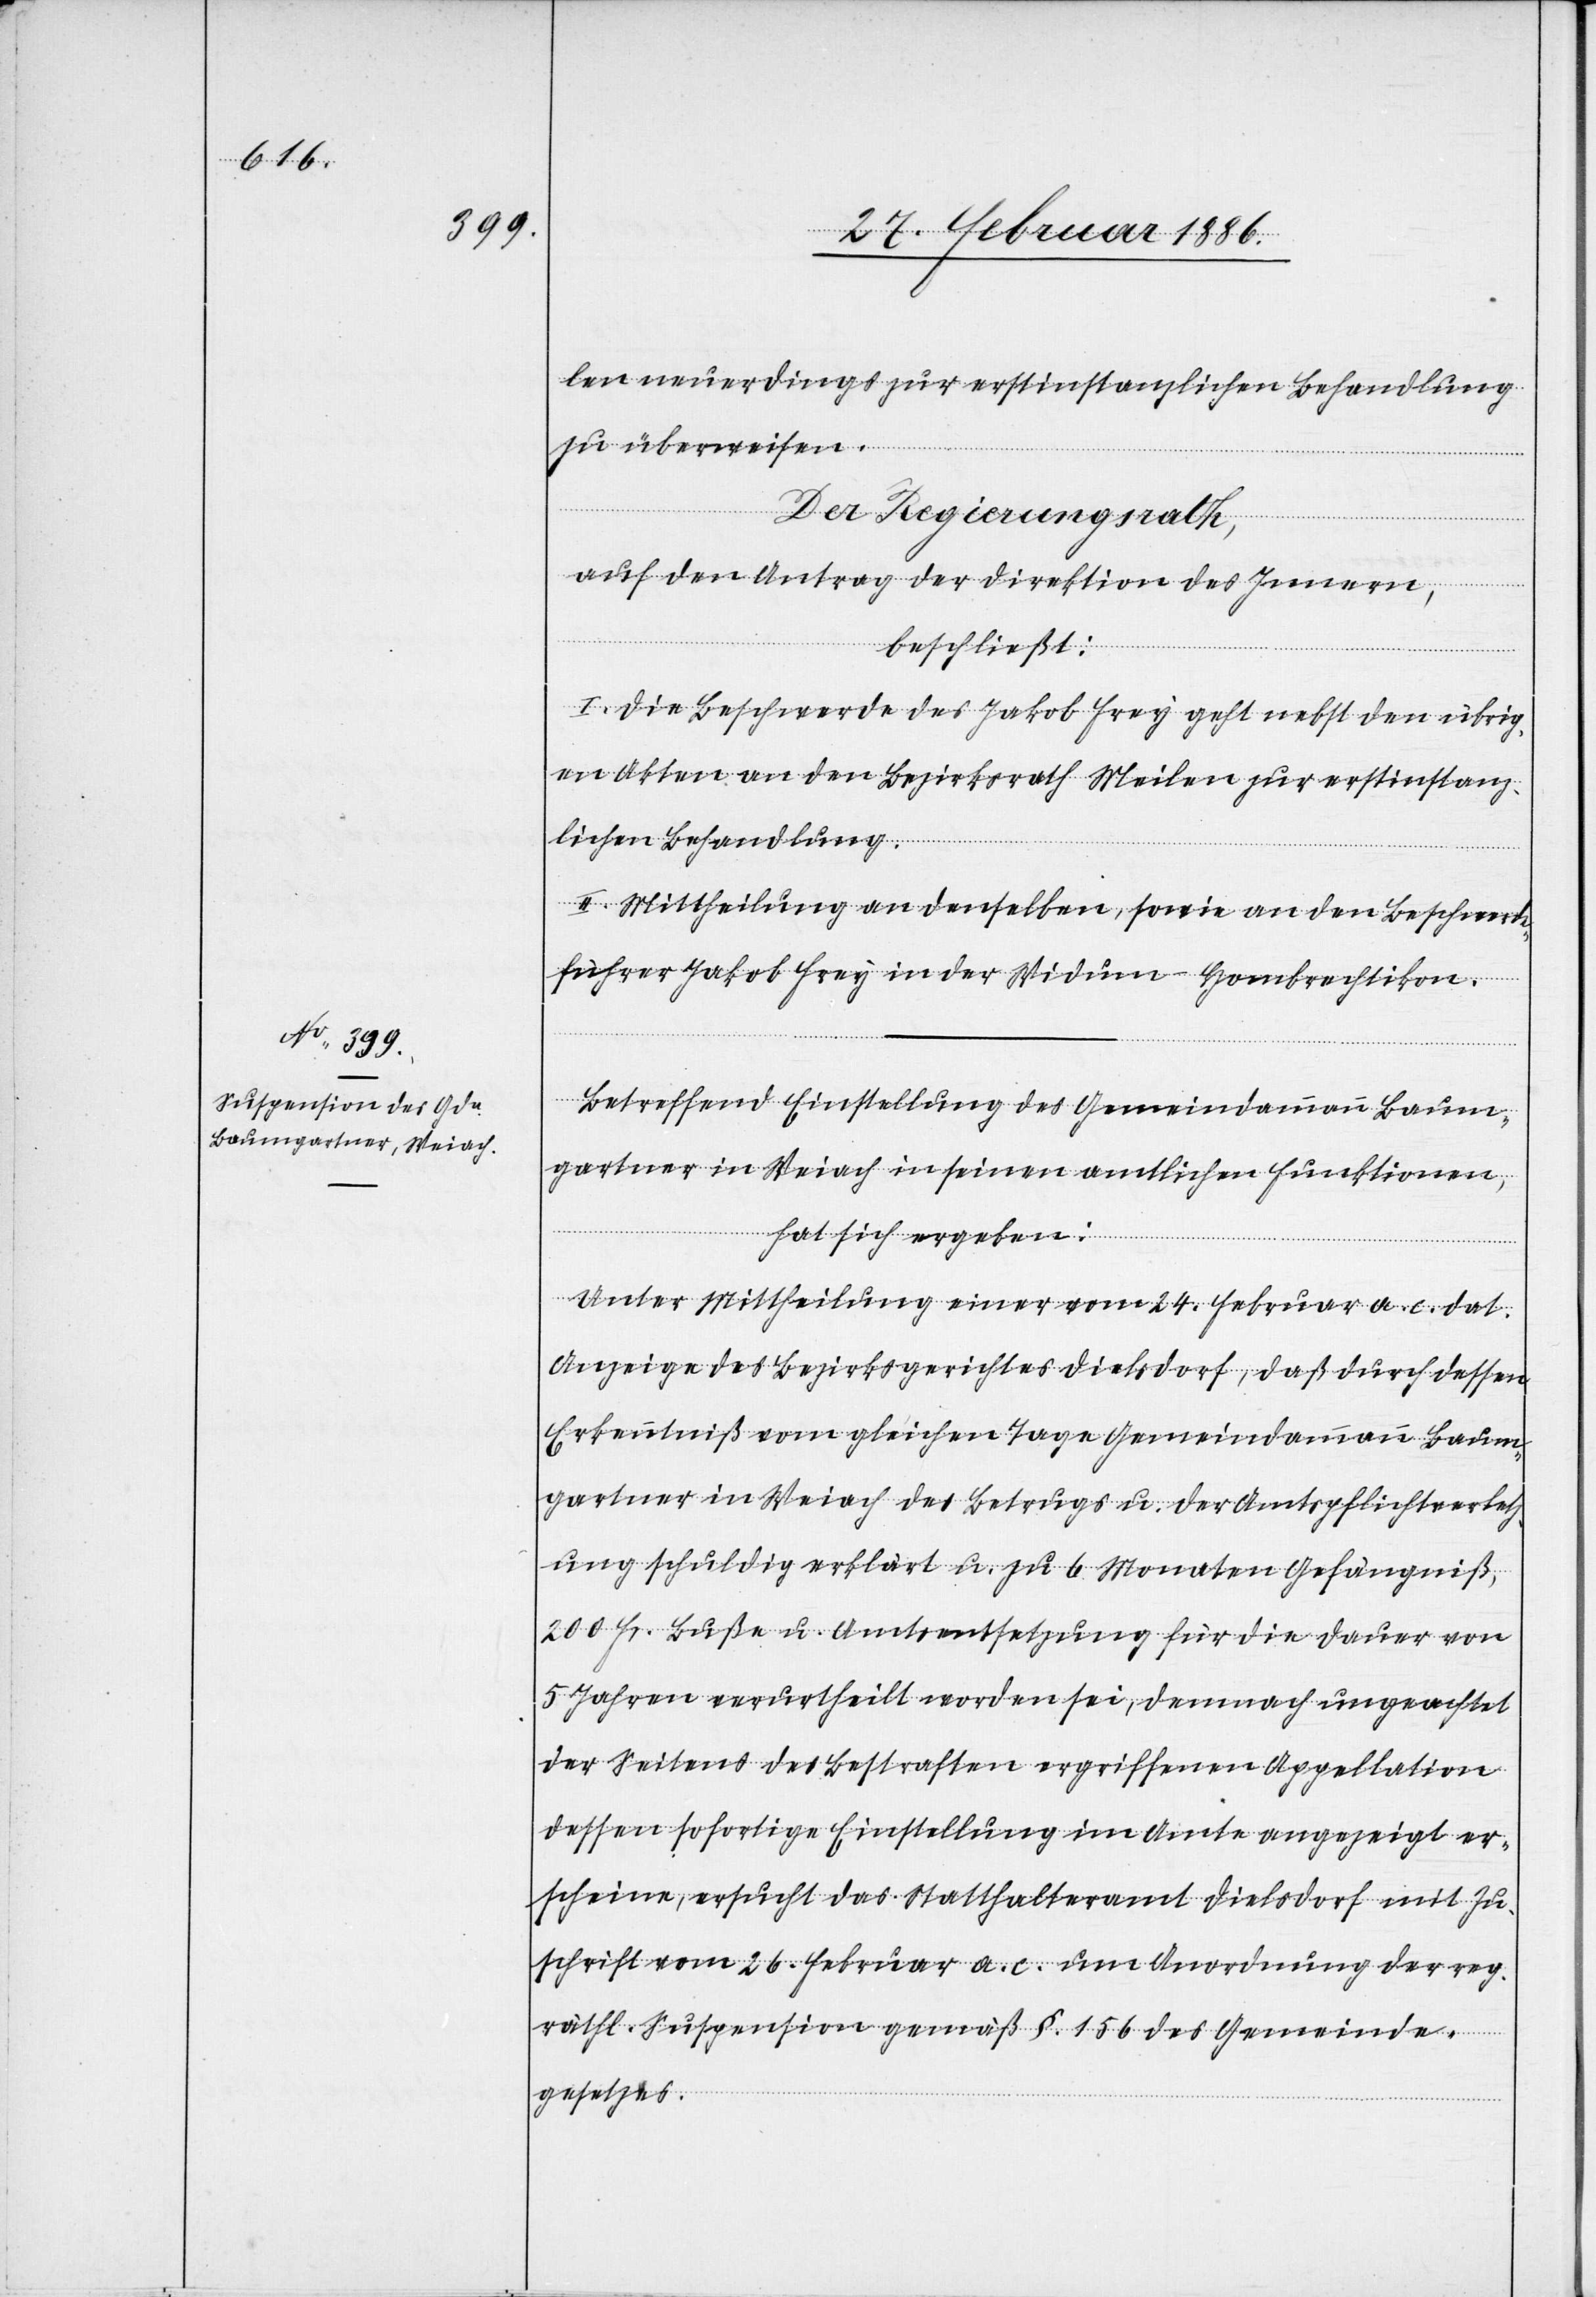
len neuerdings zur erstinstanzlichen Behandlung
zu überweisen.
Der Regierungsrath,
auf den Antrag der Direktion des Innern,
beschließt:
I. Die Beschwerde des Jakob Frey geht nebst den übrig¬
en Akten an den Bezirksrath Meilen zur erstinstanz¬
lichen Behandlung.
II. Mittheilung an denselben, sowie an den Beschwerd¬
e¬
führer Jakob Frey in der Widum - Hombrechtikon.
Betreffend Einstellung des Gemeindeamman Baum¬
gartner in Weiach in seinen amtlichen Funktionen,
2.
hat sich ergeben:
Unter Mittheilung einer vom 24. Februar a. c. dat.
Anzeige des Bezirksgerichtes Dielsdorf, daß durch dessen
Erkenntniß vom gleichen Tage Gemeindeammann Baum¬
gartner in Weiach des Betrugs u. der Amtspflichtverletz¬
ung schuldig erklärt u. zu 6 Monaten Gefängniß,
200 Fr. Buße u. Amtsentsetzung für die Dauer von
5 Jahren verurtheilt worden sei, demnach ungeachtet
der Seitens des Bestraften ergriffenen Appellation
dessen sofortige Einstellung im Amte angezeigt er¬
scheine, ersucht das Statthalteramt Dielsdorf mit Zu¬
schrift vom 26. Februar a. c. um Anordnung der reg.
räthl. Suspension gemäß §. 156 des Gemeind¬
gesetzes.